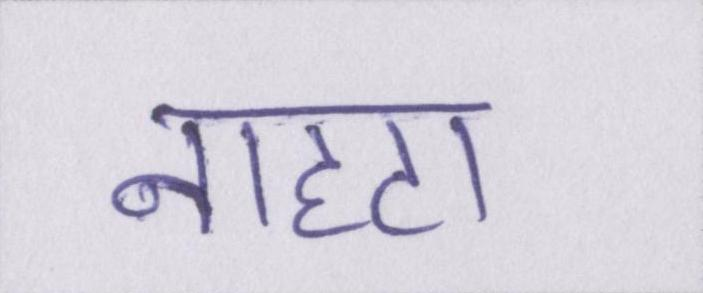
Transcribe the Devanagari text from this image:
नाहटा